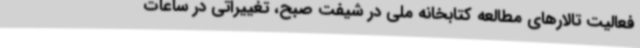
فعالیت تالارهای مطالعه کتابخانه ملی در شیفت صبح، تغییراتی در ساعات